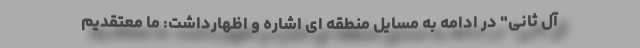
آل ثانی" در ادامه به مسایل منطقه ای اشاره و اظهارداشت: ما معتقدیم